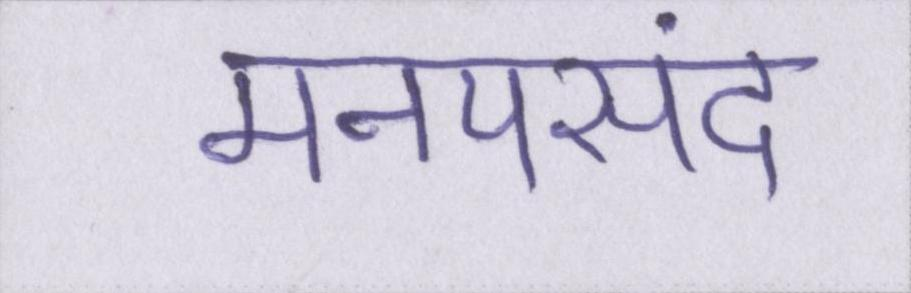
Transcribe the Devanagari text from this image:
मनपसंद